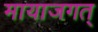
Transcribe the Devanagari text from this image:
मायाजगत्